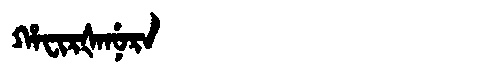
Manchu: ᡥᠠᠸᡳᡵᡧᠠᠨᡠᡵᠠ
Romanization: HAFIRŠANURA